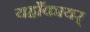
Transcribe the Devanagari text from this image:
यहाँकायर्